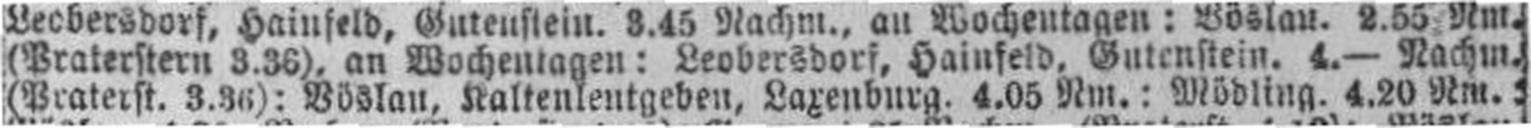
(Praterst. 3.36): Böslau, Kaltenleutgeben, Laxenburg. 4.05 Nm.: Mödling. 4.20 Nm.